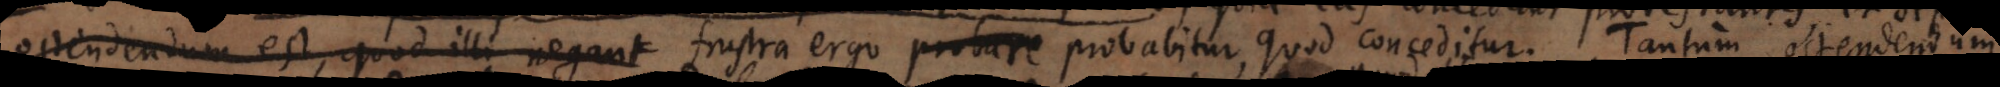
ostendendum est, quod illi negant frustra ergo probare probabitur, quod conceditur. Tantum ostendendum